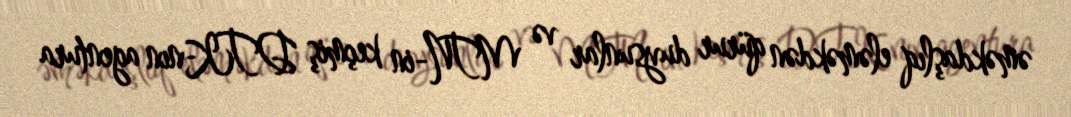
əməkdaşlıq eləməkdən qürur duysunlar və MTN-in keçmiş DTK-nın agentura